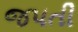
જપતી